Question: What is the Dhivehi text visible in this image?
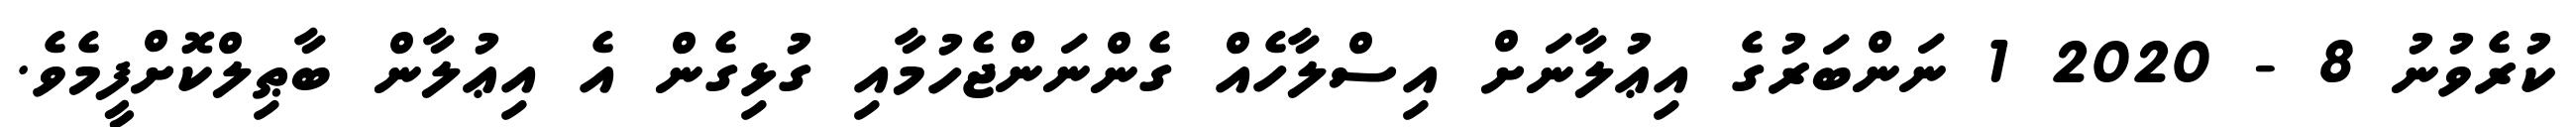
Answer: ކުރެވުނު 8 - 2020 1 ނަންބަރުގެ އިޢުލާނަށް އިސްލާހެއް ގެންނަންޖެހުމާއި ގުޅިގެން އެ އިޢުލާން ބާޠިލްކޮށްފީމެވެ.